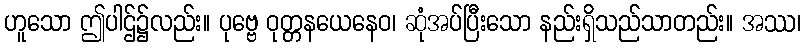
ဟူသော ဤပါဌ်၌လည်း။ ပုဗ္ဗေ ဝုတ္တနယေနေဝ၊ ဆုံအပ်ပြီးသော နည်းရှိသည်သာတည်း။ အဿ၊